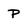
Character: P